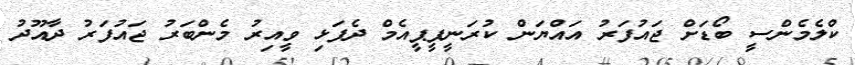
ކްލެމެންސީ ބޯޑަށް ޖައުފަރު އައްޔަން ކުރަނީޕީޕީއެމް ދެފަޅި ވީއިރު މެންބަރު ޖައުފަރު ދާއޫދު